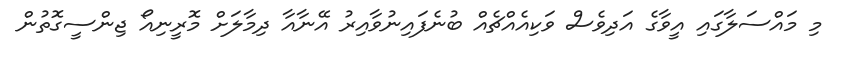
މި މައްސަލާގައި އީވާގެ އަދިވެސް ވަކިއެއްޗެއް ބުނެފައިނުވާއިރު އޭނާއާ ދިމާލަށް މޮރީނިއޯ ޖިންސީގޮތުން